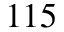
1 1 5